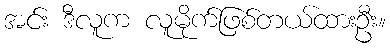
အင်း ဒီလူက လူမိုက်ဖြစ်တယ်ထားဦး။